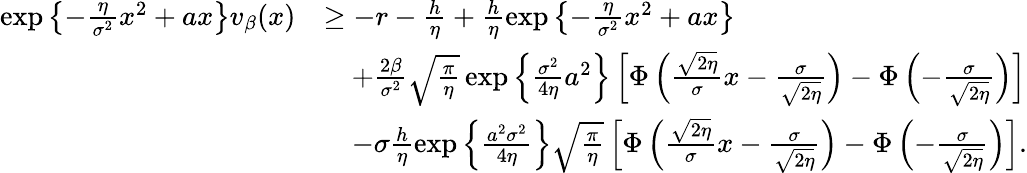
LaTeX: \begin{array}{rl}{\exp\left\{ -\frac{\eta}{\sigma^{2}}x^{2}+ax\right\} v_{\beta}(x)}&{\geq-r-\frac{h}{\eta}+\frac{h}{\eta}\exp\left\{ -\frac{\eta}{\sigma^{2}}x^{2}+ax\right\} }\\ &{\quad+\frac{2\beta}{\sigma^{2}}\sqrt{\frac{\pi}{\eta}}\exp\left\{ \frac{\sigma^{2}}{4\eta}a^{2}\right\} \left[\Phi\left(\frac{\sqrt{2\eta}}{\sigma}x-\frac{\sigma}{\sqrt{2\eta}}\right)-\Phi\left(-\frac{\sigma}{\sqrt{2\eta}}\right)\right]}\\ &{\quad-\sigma\frac{h}{\eta}\exp\left\{ \frac{a^{2}\sigma^{2}}{4\eta}\right\} \sqrt{\frac{\pi}{\eta}}\left[\Phi\left(\frac{\sqrt{2\eta}}{\sigma}x-\frac{\sigma}{\sqrt{2\eta}}\right)-\Phi\left(-\frac{\sigma}{\sqrt{2\eta}}\right)\right].}\end{array}